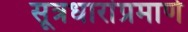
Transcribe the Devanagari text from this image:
सूत्रधारांप्रमाणे